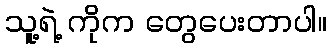
သူ့ရဲ့ ကိုက တွေပေးတာပါ။